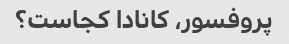
پروفسور، کانادا کجاست؟